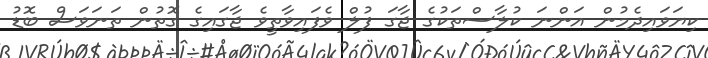
ކިޔަވައިދެމުން އަންނަ ކުލާސްތަކުގެ ޖާގަ ފުލް ވެފައިވާތީވެ ޖާގައިގެ ގޮތުން ތަނަވަސް ބޮޑު